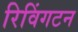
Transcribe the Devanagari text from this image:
रिविंगटन